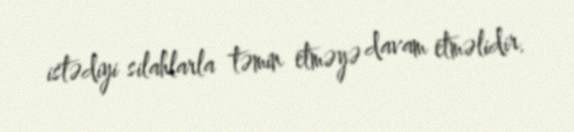
istədiyi silahlarla təmin etməyə davam etməlidir.